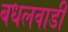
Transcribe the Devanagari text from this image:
बधलवाडी